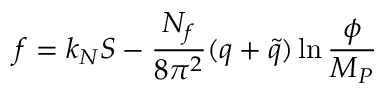
f = k _ { N } S - { \frac { N _ { f } } { 8 \pi ^ { 2 } } } ( q + \tilde { q } ) \ln { \frac { \phi } { M _ { P } } }